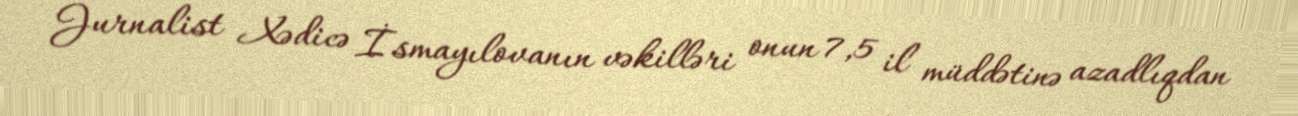
Jurnalist Xədicə İsmayılovanın vəkilləri onun 7,5 il müddətinə azadlıqdan